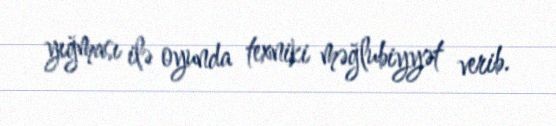
yığması ilə oyunda texniki məğlubiyyət verib.